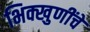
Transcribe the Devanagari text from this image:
भिक्खुणींचे